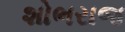
શોભરાજ